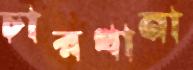
চারখানা